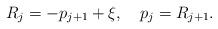
LaTeX: \begin{align*}R_{j} = -p_{j+1} + \xi, ~~~ p_{j} = R_{j+1} .\end{align*}